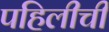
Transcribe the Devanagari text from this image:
पहिलीची